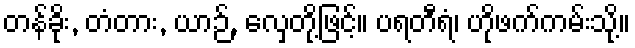
တန်ခိုး, တံတား, ယာဉ်, လှေတို့ဖြင့်။ ပရတီရံ၊ ဟိုဖက်ကမ်းသို့။